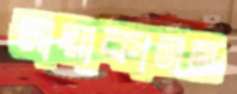
মায়াকানন